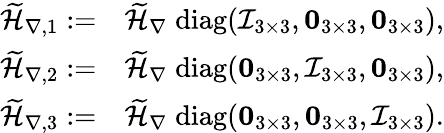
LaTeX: \begin{array}{rl}{\widetilde{\mathcal{H}}_{\nabla,1}:=}&{\widetilde{\mathcal{H}}_{\nabla}\; \mathrm{diag}(\mathcal{I}_{3\times 3},\boldsymbol{0}_{3\times 3},\boldsymbol{0}_{3\times 3}),}\\ {\widetilde{\mathcal{H}}_{\nabla,2}:=}&{\widetilde{\mathcal{H}}_{\nabla}\; \mathrm{diag}(\boldsymbol{0}_{3\times 3},\mathcal{I}_{3\times 3},\boldsymbol{0}_{3\times 3}),}\\ {\widetilde{\mathcal{H}}_{\nabla,3}:=}&{\widetilde{\mathcal{H}}_{\nabla}\; \mathrm{diag}(\boldsymbol{0}_{3\times 3},\boldsymbol{0}_{3\times 3},\mathcal{I}_{3\times 3}).}\end{array}